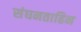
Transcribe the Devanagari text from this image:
संघनताहिन